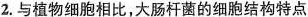
2.与植物细胞相比，大肠杆菌的细胞结构特点